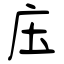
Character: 庒